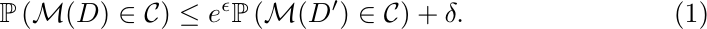
\begin{equation}
    \mathbb{P} \left( \mathcal{M}(D)\in\mathcal{C}\right) \leq e^{\epsilon}  \mathbb{P} \left( \mathcal{M}(D')\in\mathcal{C}\right) + \delta.
\end{equation}